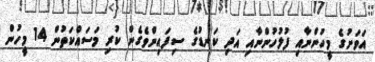
އަވަށުގެ މީހުންނާއި ފުލުހުންނާއި އަދި ކަނޑުގެ ސިފައިންވެގެން ކުރި މަސައްކަތުން 14 މީހުން